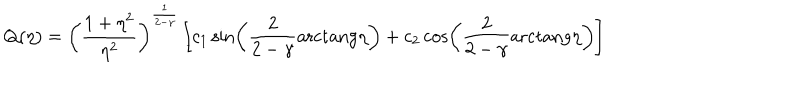
Q ( \eta ) = \left( { \frac { 1 + \eta ^ { 2 } } { \eta ^ { 2 } } } \right) ^ { \frac { 1 } { 2 - \gamma } } \left[ c _ { 1 } \sin \left( { \frac { 2 } { 2 - \gamma } } \mathrm { { a r c t a n g } } \eta \right) + c _ { 2 } \cos \left( { \frac { 2 } { 2 - \gamma } } { \mathrm { a r c t a n g } } \eta \right) \right]